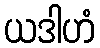
ယဒါဟံ